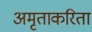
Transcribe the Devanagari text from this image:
अमृताकरिता